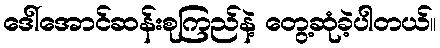
ဒေါ်အောင်ဆန်းစုကြည်နဲ့ တွေ့ဆုံခဲ့ပါတယ်။